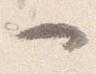
一